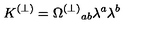
K ^ { ( \perp ) } = \Omega ^ { ( \perp ) } { } _ { a b } \lambda ^ { a } \lambda ^ { b }